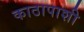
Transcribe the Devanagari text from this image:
काठापाशी